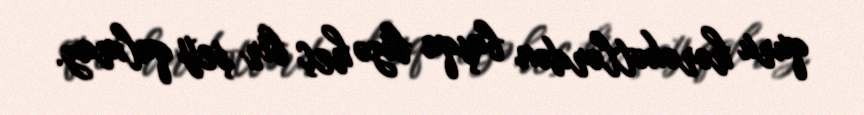
quru hərəkətlərdən başqa bizə heç bir şey qalmaz.